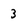
Character: 3